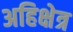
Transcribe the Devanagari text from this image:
अहिक्षेत्र